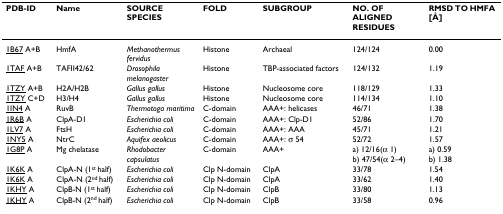
| PDB-ID | Name | SOURCE SPECIES | FOLD | SUBGROUP | NO. OF ALIGNED RESIDUES | RMSD TO HMFA [Å] |
 | --- | --- | --- | --- | --- | --- | --- |
 | 1B67 A+B | HmfA | Methanothermus fervidus | Histone | Archaeal | 124/124 | 0.00 |
 | 1TAF A+B | TAFII42/62 | Drosophila melanogaster | Histone | TBP-associated factors | 124/132 | 1.19 |
 | 1TZY A+B | H2A/H2B | Gallus gallus | Histone | Nucleosome core | 118/129 | 1.33 |
 | 1TZY C+D | H3/H4 | Gallus gallus | Histone | Nucleosome core | 114/134 | 1.10 |
 | 1IN4 A | RuvB | Thermotoga maritima | C-domain | AAA+: helicases | 46/71 | 1.38 |
 | 1R6B A | ClpA-D1 | Escherichia coli | C-domain | AAA+: Clp-D1 | 52/86 | 1.70 |
 | 1LV7 A | FtsH | Escherichia coli | C-domain | AAA+: AAA | 45/71 | 1.21 |
 | 1NY5 A | NtrC | Aquifex aeolicus | C-domain | AAA+: σ 54 | 52/72 | 1.57 |
 | 1G8P A | Mg chelatase | Rhodobacter capsulatus | C-domain | AAA+ | a) 12/16(α 1)b) 47/54(α 2–4) | a) 0.59b) 1.38 |
 | 1K6K A | ClpA-N (1st half) | Escherichia coli | Clp N-domain | ClpA | 33/78 | 1.54 |
 | 1K6K A | ClpA-N (2nd half) | Escherichia coli | Clp N-domain | ClpA | 33/62 | 1.40 |
 | 1KHY A | ClpB-N (1st half) | Escherichia coli | Clp N-domain | ClpB | 33/80 | 1.13 |
 | 1KHY A | ClpB-N (2nd half) | Escherichia coli | Clp N-domain | ClpB | 33/58 | 0.96 |